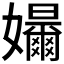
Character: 𪦳